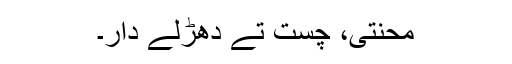
محنتی، چُست تے دھڑلے دار۔